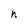
Character: n